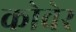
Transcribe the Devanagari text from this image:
कोवेर